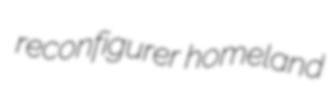
reconfigurer homeland